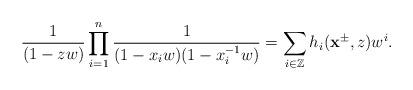
LaTeX: \begin{align*}\frac{1}{(1-zw)}\prod^n_{i=1}\frac{1}{(1-x_iw)(1-x^{-1}_iw)}=\sum_{i\in \mathbb{Z}}h_i(\mathbf{x}^{\pm},z)w^i.\end{align*}